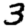
Digit: 3